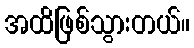
အထိဖြစ်သွားတယ်။